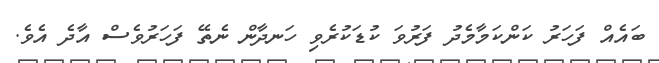
ބައެއް ފަހަރު ކަންކަމާމެދު ފަރުވަ ކުޑަކުރެވި ހަނދާން ނެތޭ ފަހަރުވެސް އާދެ އެވެ.